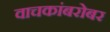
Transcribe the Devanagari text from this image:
वाचकांबरोबर